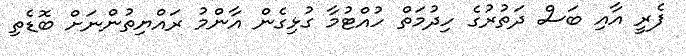
ފެރީ އާއި ބަސް ދަތުރުގެ ހިދުމަތް ހުއްޓުމާ ގުޅިގެން އާންމު ރައްޔިތުންނަށް ބޮޑެތި